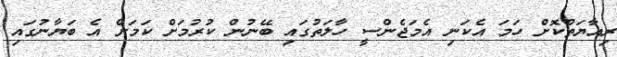
ރިއާޔަތްކޮށް ހަމަ އެކަނި އެމަޖެންސީ ހާލަތުގައި ބޭނުން ކުރުމަށް ކަމަށް އެ ބަޔާނުގައި